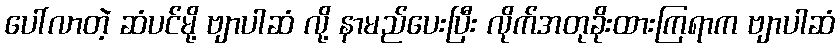
ပေါ်လာတဲ့ ဆံပင်မို့ ဗျာပါဆံ လို့ နာမည်ပေးပြီး လိုက်အတုခိုးထားကြရာက ဗျာပါဆံ